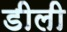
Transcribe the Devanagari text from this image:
डीली